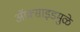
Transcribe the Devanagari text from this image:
ऑक्साइडमुळे